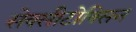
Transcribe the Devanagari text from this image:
सेक्सीटोक्सिन